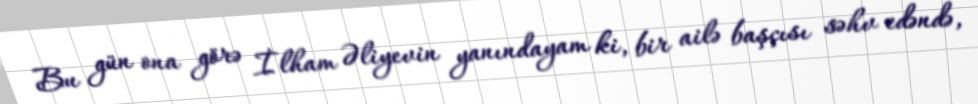
Bu gün ona görə İlham Əliyevin yanındayam ki, bir ailə başçısı səhv edəndə,